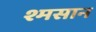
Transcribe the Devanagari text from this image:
श्मसान